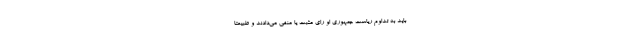
باید به تداوم ریاست جمهوری او رای مثبت یا منفی می‌دادند و طبیعتا